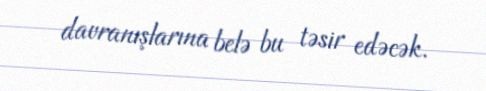
davranışlarına belə bu təsir edəcək.